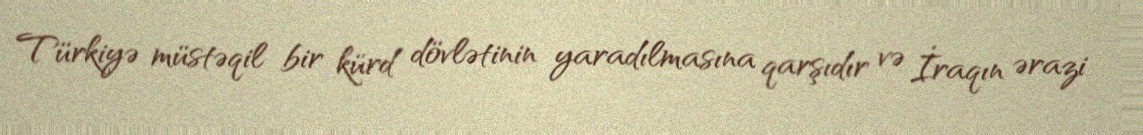
Türkiyə müstəqil bir kürd dövlətinin yaradılmasına qarşıdır və İraqın ərazi